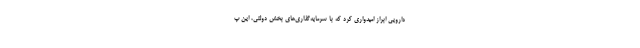
دارویی ابراز امیدواری کرد که با سرمایه‌گذاری‌های بخش دولتی، این پ